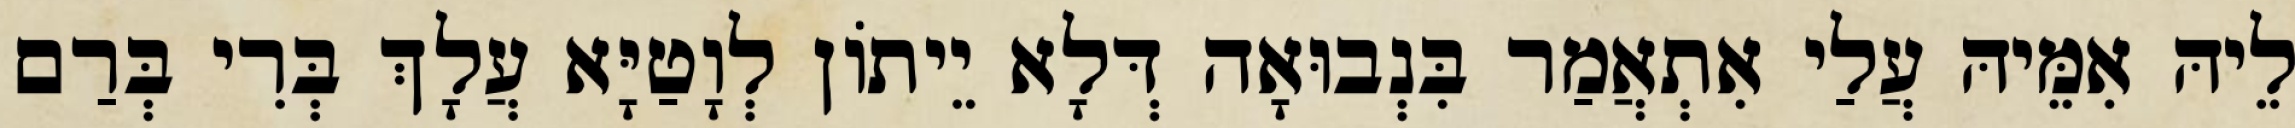
לֵיהּ אִמֵּיהּ עֲלַי אִתְאֲמַר בִּנְבוּאָה דְּלָא יֵיתוֹן לְוָטַיָּא עֲלָךְ בְּרִי בְּרַם